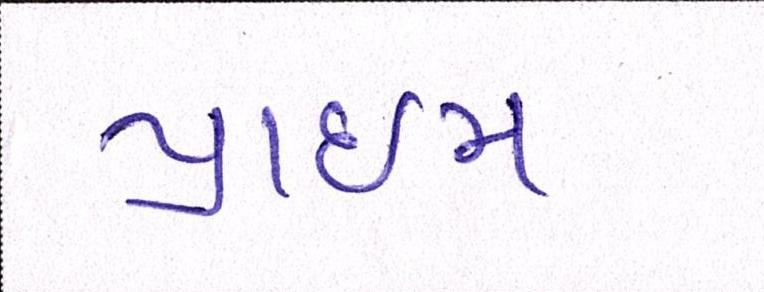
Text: પ્રાઇમ